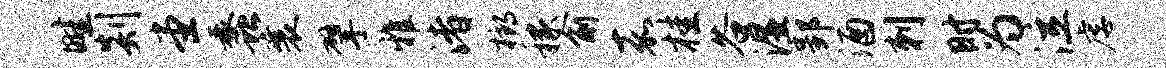
畦剡堂蠡襄擘雅渚榔稼俞嘉桂谷湿郢酒刺时为泣虐